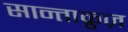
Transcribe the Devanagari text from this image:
सान्ताक्रुज़